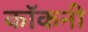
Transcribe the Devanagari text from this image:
कॉकनी